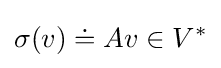
\sigma (v)\doteq Av\in V^{*}